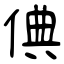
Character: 倎